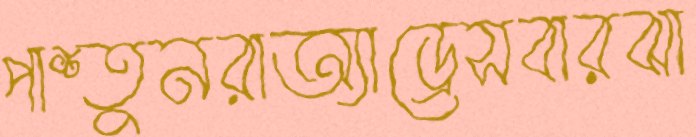
পাশ্তুনরাঅ্যাড্রেসবারঝা